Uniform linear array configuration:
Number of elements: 48
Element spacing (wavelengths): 0.25
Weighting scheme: exponential
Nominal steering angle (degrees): -30
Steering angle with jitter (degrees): -28.953
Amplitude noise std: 0.05
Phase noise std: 0.05

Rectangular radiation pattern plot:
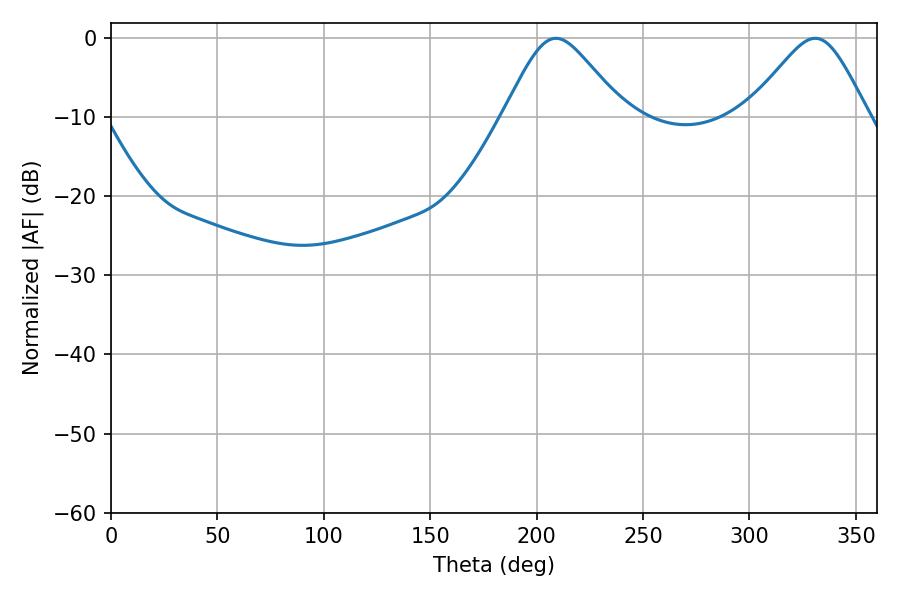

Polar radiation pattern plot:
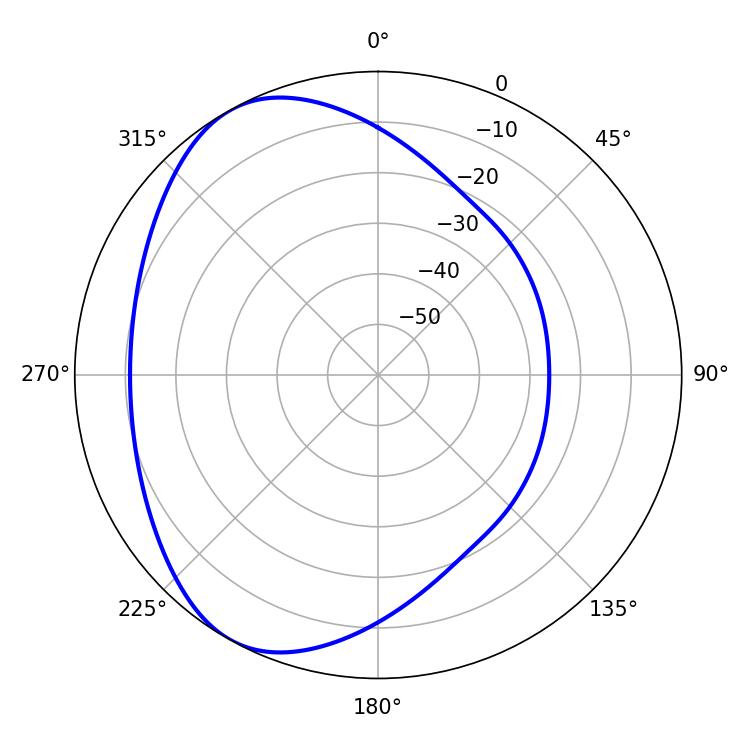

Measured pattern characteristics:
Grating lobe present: FALSE
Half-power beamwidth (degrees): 27.36
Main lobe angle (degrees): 330.84